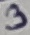
Text: 3